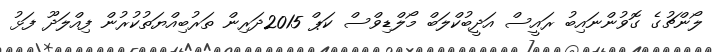
ލޯންޗުގެ ގޮވުންނައިބު ރައީސް އަދީބުކްލަބް މޯލްޑިވްސް ކަޕް 2015ދަރިން ތަރުބިއްޔަތުކުރުން ފިއްލަދޫ ފަޅު